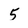
Character: 5